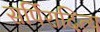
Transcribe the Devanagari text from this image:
सर्पिरादित्य